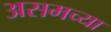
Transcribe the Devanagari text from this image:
असमच्या